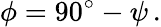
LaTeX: \phi=90{}^{\circ}-\psi\, .